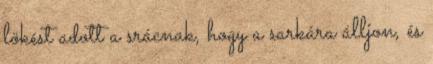
lökést adott a srácnak, hogy a sarkára álljon, és